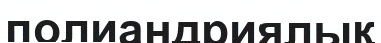
полиандриялық